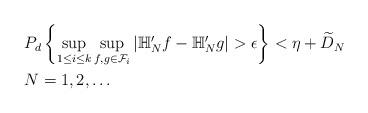
LaTeX: \begin{align*}&P_{d}\left\{\sup_{1\leq i\leq k} \sup_{f,g\in\mathcal{F}_{i}}|\mathbb{H}_{N}'f-\mathbb{H}_{N}'g|>\epsilon\right\}<\eta+\widetilde{D}_{N}\\&N=1,2,\dots\end{align*}